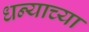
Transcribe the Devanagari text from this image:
धन्याच्या